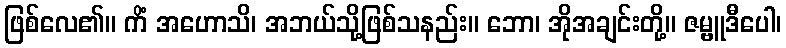
ဖြစ်လေ၏။ ကိံ အဟောသိ၊ အဘယ်သို့ဖြစ်သနည်း။ ဘော၊ အိုအချင်းတို့။ ဇမ္ဗူဒီပေါ၊